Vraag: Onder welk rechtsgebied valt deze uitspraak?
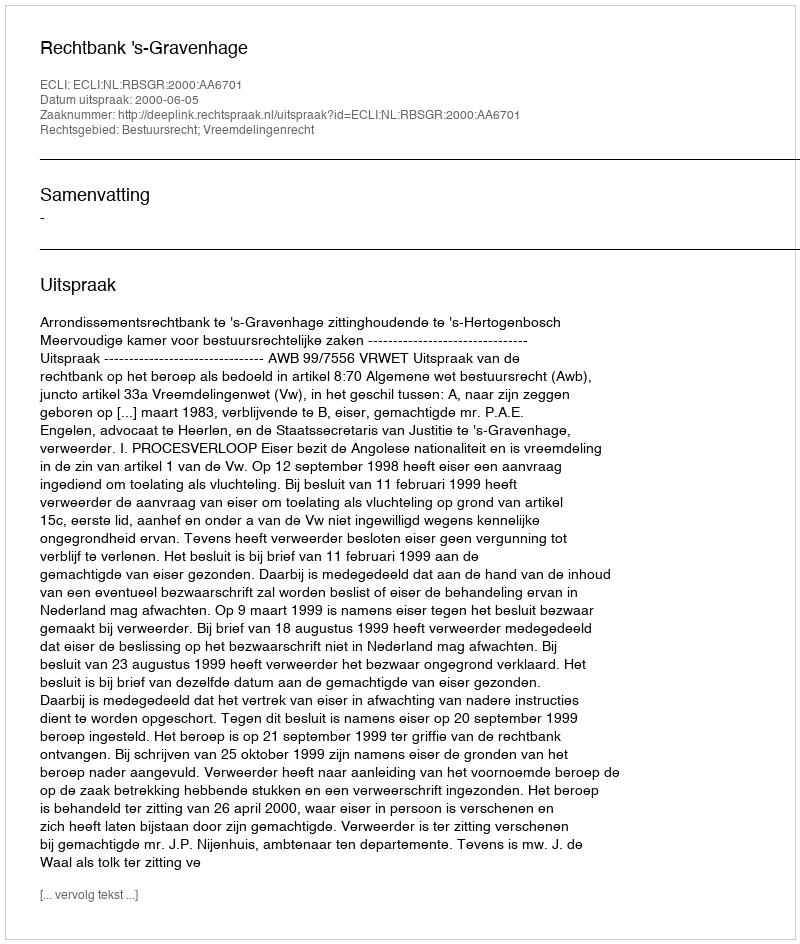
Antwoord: Bestuursrecht; Vreemdelingenrecht